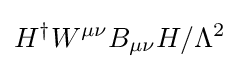
H^{\dagger }W^{\mu \nu }B_{\mu \nu }H/\Lambda ^{2}